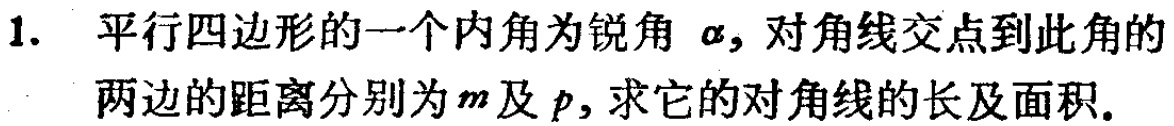
1. 平行四边形的一个内角为锐角\(\alpha\)，对角线交点到此角的两边的距离分别为\(m\)及\(p\)，求它的对角线的长及面积。